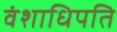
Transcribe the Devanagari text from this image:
वंशाधिपति